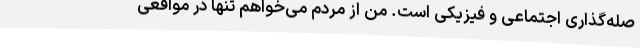
صله‌گذاری اجتماعی و فیزیکی است. من از مردم می‌خواهم تنها در مواقعی